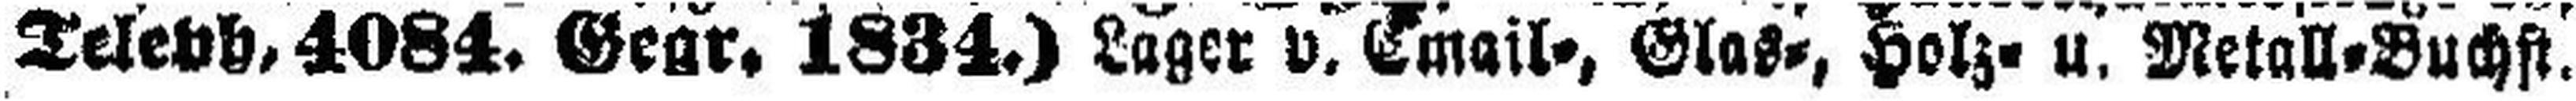
Teleph, 4084. Gegr. 1834.) Lager v. Cmail=, Glas=, Holz= u. Metall=Buchst.